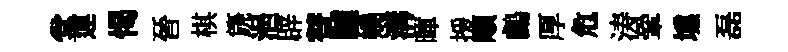
堂運愒晉棋篪浥辟替驢嬈溝暉援順鸕厚危涛鞏壎磊